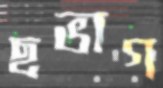
ছভাগ